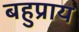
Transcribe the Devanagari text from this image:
बहुप्राय